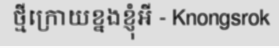
ថ្មីក្រោយខ្នងខ្ញុំអី - Knongsrok